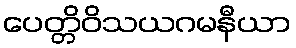
ပေတ္တိဝိသယဂမနီယာ